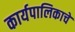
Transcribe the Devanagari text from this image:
कार्यपालिकाचे